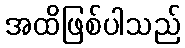
အထိဖြစ်ပါသည်